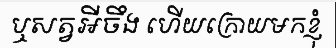
ឬសត្វអីចឹង ហើយក្រោយមកខ្ញុំ